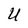
Character: U